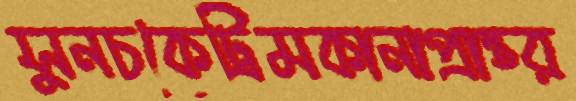
সুনচকেট্রিমকানাপ্রান্তর